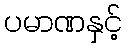
ပမာဏနှင့်